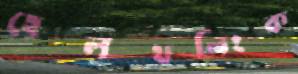
হেলথলিংক